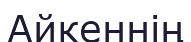
Айкеннің